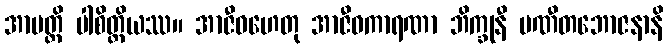
အာပတ္တိ ပါစိတ္တိယဿ။ အာဇီဝဟေတု အာဇီဝကာရဏာ ဘိက္ခုနီ ပဏီတဘောဇနာနိ